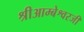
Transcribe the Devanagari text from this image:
श्रीआम्बेश्वरजी